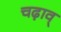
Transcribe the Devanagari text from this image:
चढ़ाव्